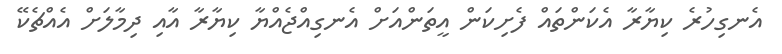
އެނގިހުރެ ކިޔާރާ އެކަންތައް ފެށިކަން އީތަންއަށް އެނގިއްޖެއްޔާ ކިޔާރާ އާއި ދިމާލަށް އެއްޗެކޭ